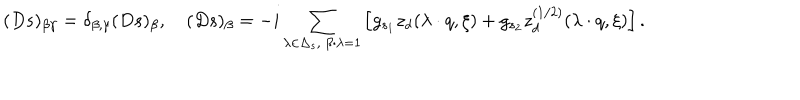
LaTeX: ( D s ) _ { \beta \gamma } = \delta _ { \beta , \gamma } ( D s ) _ { \beta } , \quad ( D s ) _ { \beta } = - i \sum _ { \lambda \in \Delta _ { s } , \ \beta \cdot \lambda = 1 } \left[ g _ { s _ { 1 } } z _ { d } ( \lambda \cdot q , \xi ) + g _ { s _ { 2 } } z _ { d } ^ { ( 1 / 2 ) } ( \lambda \cdot q , \xi ) \right] .